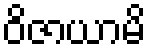
ဝိဇာယာမိ